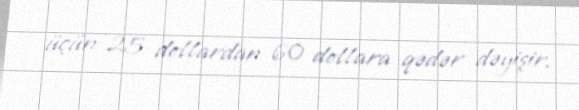
üçün 25 dollardan 60 dollara qədər dəyişir.